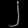
Digit: ၂